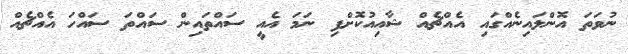
ނުވަތަ އޮންލައިނެއްގައި އެއްޗެއް ޝާއިއުކޮށްފި ނަމަ އެއީ ސައްތައިން ސައްތަ ސައްހަ އެއްޗެއް